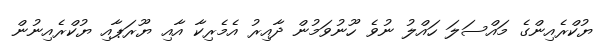
ޔުކްރެއިންގެ މައްސަލަ ހައްލު ނުވެ ހޫނުވަމުން ދާއިރު އެމެރިކާ އާއި ޔޫރަޕާއި ޔުކްރެއިނުން